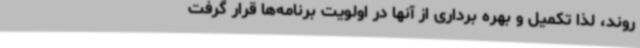
روند، لذا تکمیل و بهره برداری از آنها در اولویت برنامه‌ها قرار گرفت